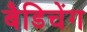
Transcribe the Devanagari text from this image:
बैडिचेंग